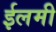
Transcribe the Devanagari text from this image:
ईलमी